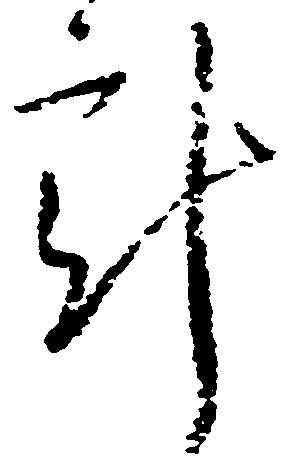
計